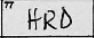
Transcription: HRD